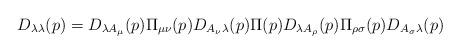
LaTeX: \begin{align*}D_{\lambda \lambda}(p)=D_{\lambda A_{\mu}}(p) \Pi_{\mu \nu}(p)D_{A_{\nu} \lambda}(p) \Pi(p)D_{\lambda A_{\rho}}(p) \Pi_{\rho \sigma}(p)D_{A_{\sigma} \lambda}(p) \end{align*}